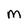
Character: M